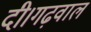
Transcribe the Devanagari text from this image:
दी।गढ़वाल